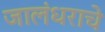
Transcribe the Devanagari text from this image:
जालंधराचे